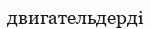
двигательдерді